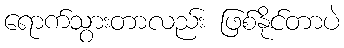
ရောက်သွားတာလည်း ဖြစ်နိုင်တာပဲ